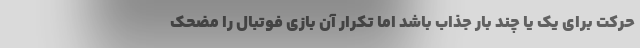
حرکت برای یک یا چند بار جذاب باشد اما تکرار آن بازی فوتبال را مضحک